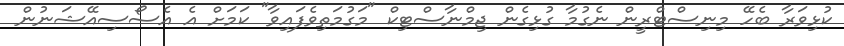
ކުޅިވަރާ ބެހޭ މިނިސްޓްރީން ނެގުމާ ގުޅިގެން ޖިމްނާސްޓިކް "މަގުމަތިވެފައިވާ" ކަމަށް އެ އެސޯސިއޭޝަނުން